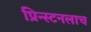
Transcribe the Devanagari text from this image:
प्रिन्स्टनलाच